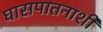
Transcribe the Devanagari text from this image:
घासपातनाशी